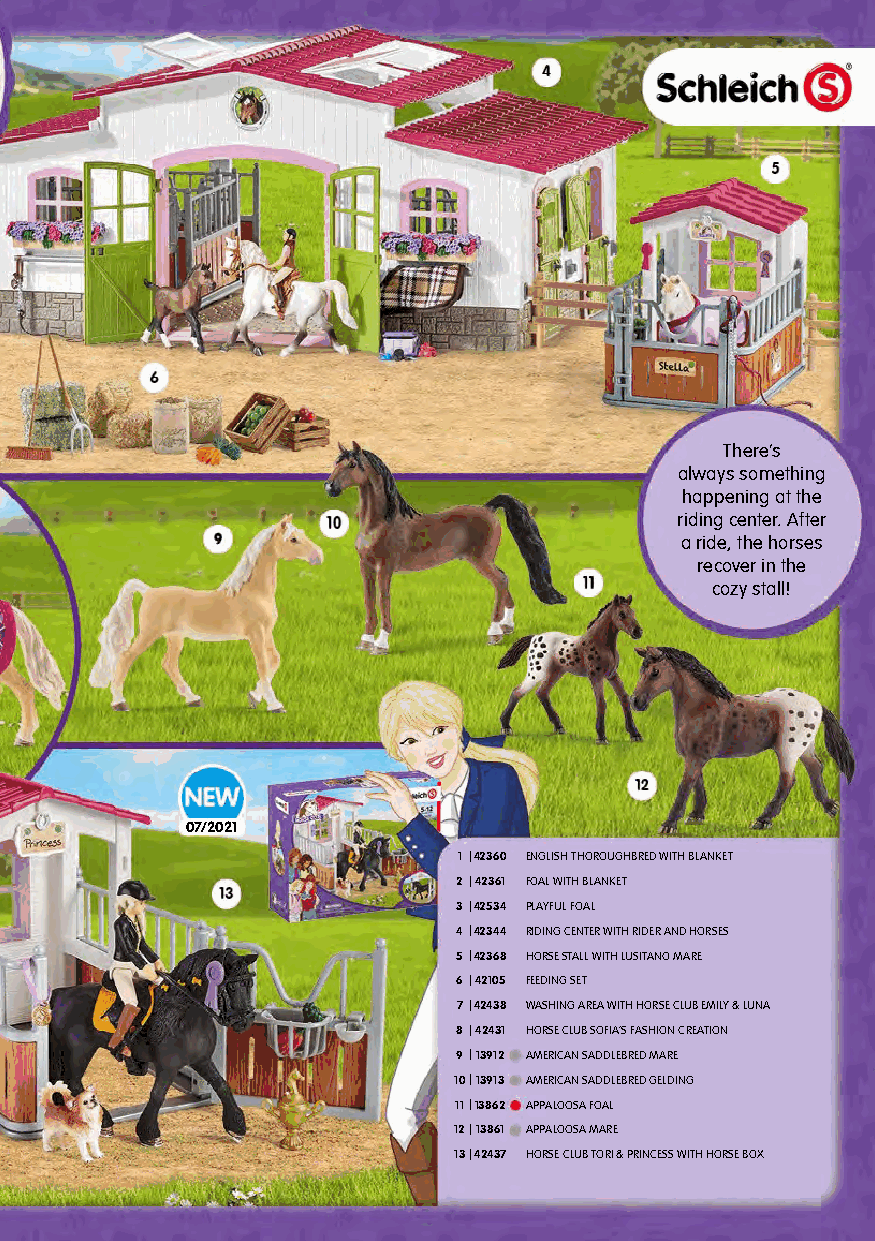
Welcome to the
 large Lakeside
 Riding Center!
 There’s
 always something
 happening at the
 riding center. After
 a ride, the horses
 recover in the
 cozy stall!
 07/2021
 1 |42360 ENGLISH THOROUGHBRED WITH BLANKET
 2|42361 FOAL WITH BLANKET
 3|42534 PLAYFUL FOAL
 4|42344 RIDING CENTER WITH RIDER AND HORSES
 5|42368 HORSE STALL WITH LUSITANO MARE
 6|42105 FEEDING SET
 7|42438 WASHING AREA WITH HORSE CLUB EMILY & LUNA
 8|42431 HORSE CLUB SOFIA’S FASHION CREATION
 9|13912 AMERICAN SADDLEBRED MARE
 10|13913 AMERICAN SADDLEBRED GELDING
 11|13862 APPALOOSA FOAL
 12|13861 APPALOOSA MARE
 13|42437 HORSE CLUB TORI & PRINCESS WITH HORSE BOX